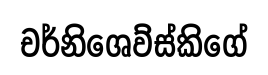
චර්නිශෙව්ස්කිගේ